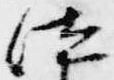
位